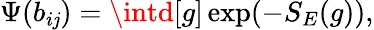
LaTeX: \Psi(b_{i\mathit{j}})=\intd[g]\exp(-S_{E}(g)),